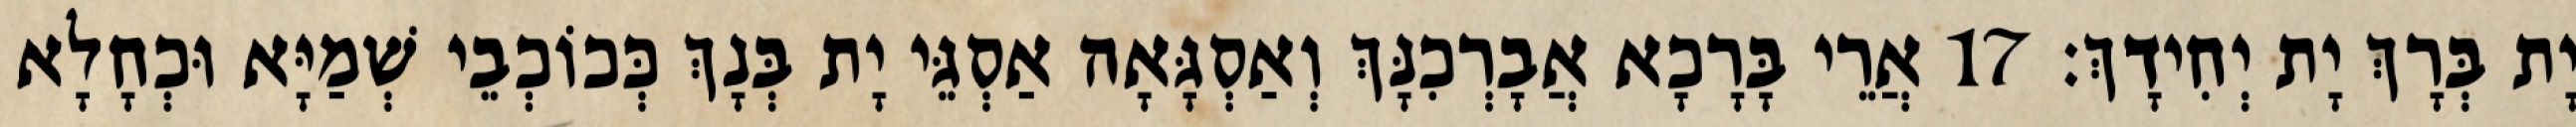
יָת בְּרָךְ יָת יְחִידָךְ׃ 17 אֲרֵי בָּרָכָא אֲבָרְכִנָּךְ וְאַסְגָּאָה אַסְגֵּי יָת בְּנָךְ כְּכוֹכְבֵי שְׁמַיָּא וּכְחָלָא